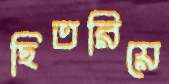
ছিতরিয়ে